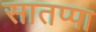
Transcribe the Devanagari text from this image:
सातप्पा